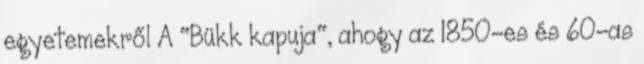
egyetemekről A "Bükk kapuja", ahogy az 1850-es és 60-as